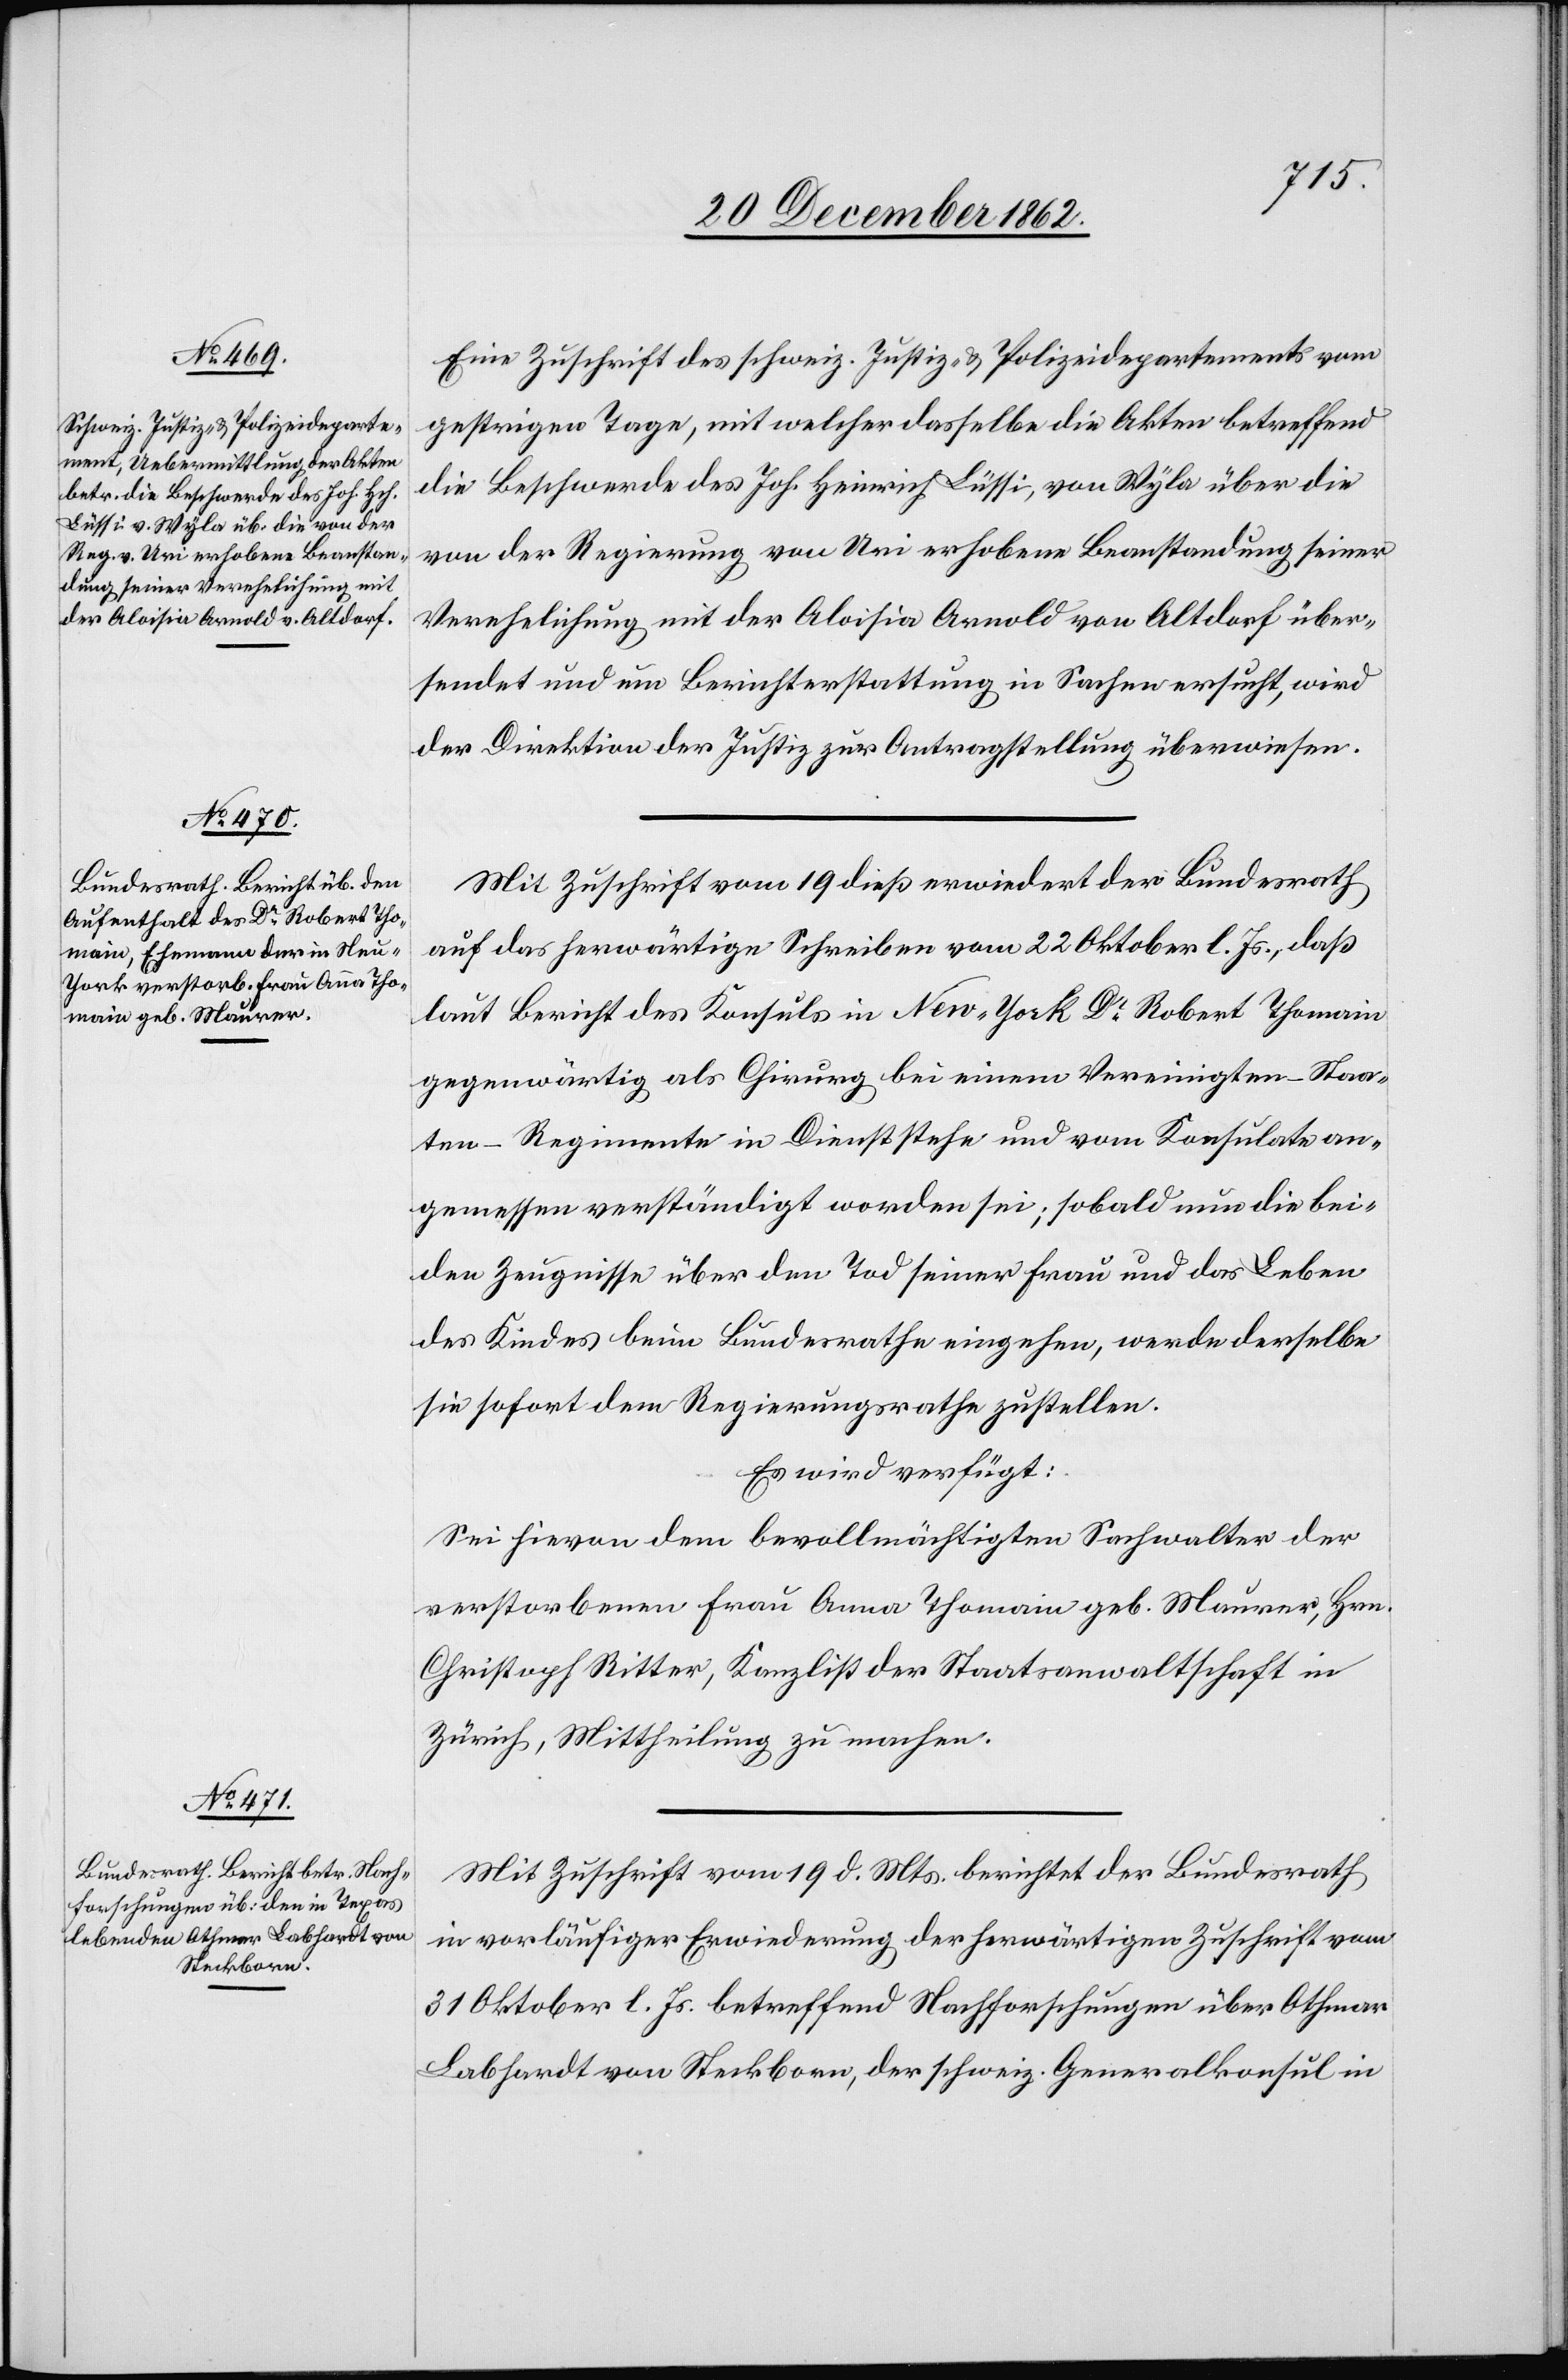
23. December 1862.]
Eine Zuschrift des schweiz. Justiz- u. Polizeidepartements vom
gestrigen Tage, mit welcher dasselbe die Akten betreffend
die Beschwerde des Joh. Heinrich Lüssi von Wyla über die
von der Regierung von Uri erhobene Beanstandung seiner
Verehelichung mit der Aloisia Arnold von Altdorf über¬
sendet und um Berichterstattung in Sachen ersucht, wird
der Direktion der Justiz zur Antragstellung überwiesen.
Mit Zuschrift vom 19. dieß erwiedert der Bundesrath
auf das herwärtige Schreiben vom 22. Oktober l. Js., daß
laut Bericht des Konsuls in New-York Dr Robert Thomain
gegenwärtig als Chirurg bei einem Vereinigten-Staa¬
ten-Regimente in Dienst stehe und vom Konsulate an¬
gemessen verständigt worden sei; sobald nun die bei¬
den Zeugnisse über den Tod seiner Frau und das Leben
des Kindes beim Bundesrathe eingehen, werde derselbe
sie sofort dem Regierungsrathe zustellen.
Es wird verfügt:
Sei hievon dem bevollmächtigten Sachwalter der
verstorbenen Frau Anna Thomain geb. Maurer, Hrn.
Christoph Ritter, Kanzlist der Staatsanwaltschaft in
Zürich, Mittheilung zu machen.
Mit Zuschrift vom 19. d. Mts. berichtet der Bundesrath
in vorläufiger Erwiederung der herwärtigen Zuschrift vom
31. Oktober l. Js. betreffend Nachforschungen über Othmar
Labhardt von Steckborn, der schweiz. Generalkonsul in